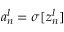
a _ { n } ^ { l } = \sigma [ z _ { n } ^ { l } ]